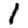
Digit: 1